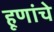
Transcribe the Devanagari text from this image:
हूणांचे